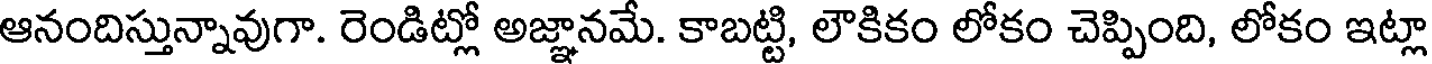
ఆనందిస్తున్నావుగా. రెండిట్లో అజ్ఞానమే. కాబట్టి, లౌకికం లోకం చెప్పింది, లోకం ఇట్లా